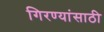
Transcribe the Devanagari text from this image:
गिरण्यांसाठी